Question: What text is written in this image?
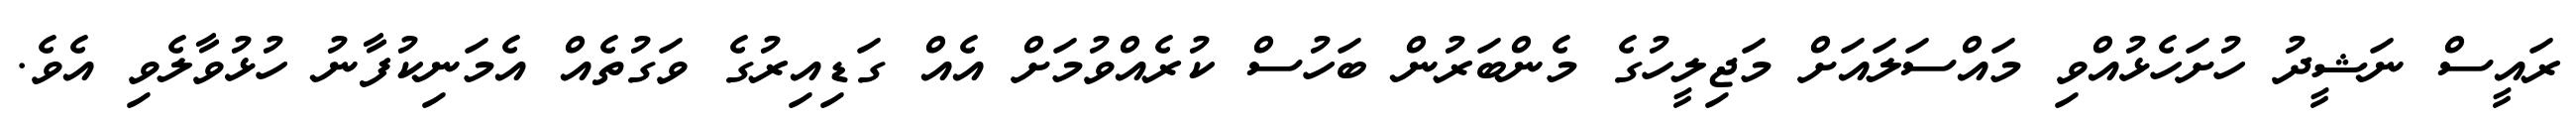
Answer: ރައީސް ނަޝީދު ހުށަހެޅުއްވި މައްސަލައަށް މަޖިލީހުގެ މެންބަރުން ބަހުސް ކުރެއްވުމަށް އެއް ގަޑިއިރުގެ ވަގުތެއް އެމަނިކުފާނު ހުޅުވާލެވި އެވެ.